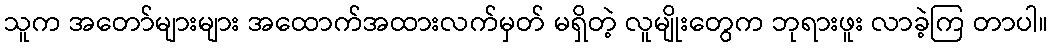
သူက အတော်များများ အထောက်အထားလက်မှတ် မရှိတဲ့ လူမျိုးတွေက ဘုရားဖူး လာခဲ့ကြ တာပါ။